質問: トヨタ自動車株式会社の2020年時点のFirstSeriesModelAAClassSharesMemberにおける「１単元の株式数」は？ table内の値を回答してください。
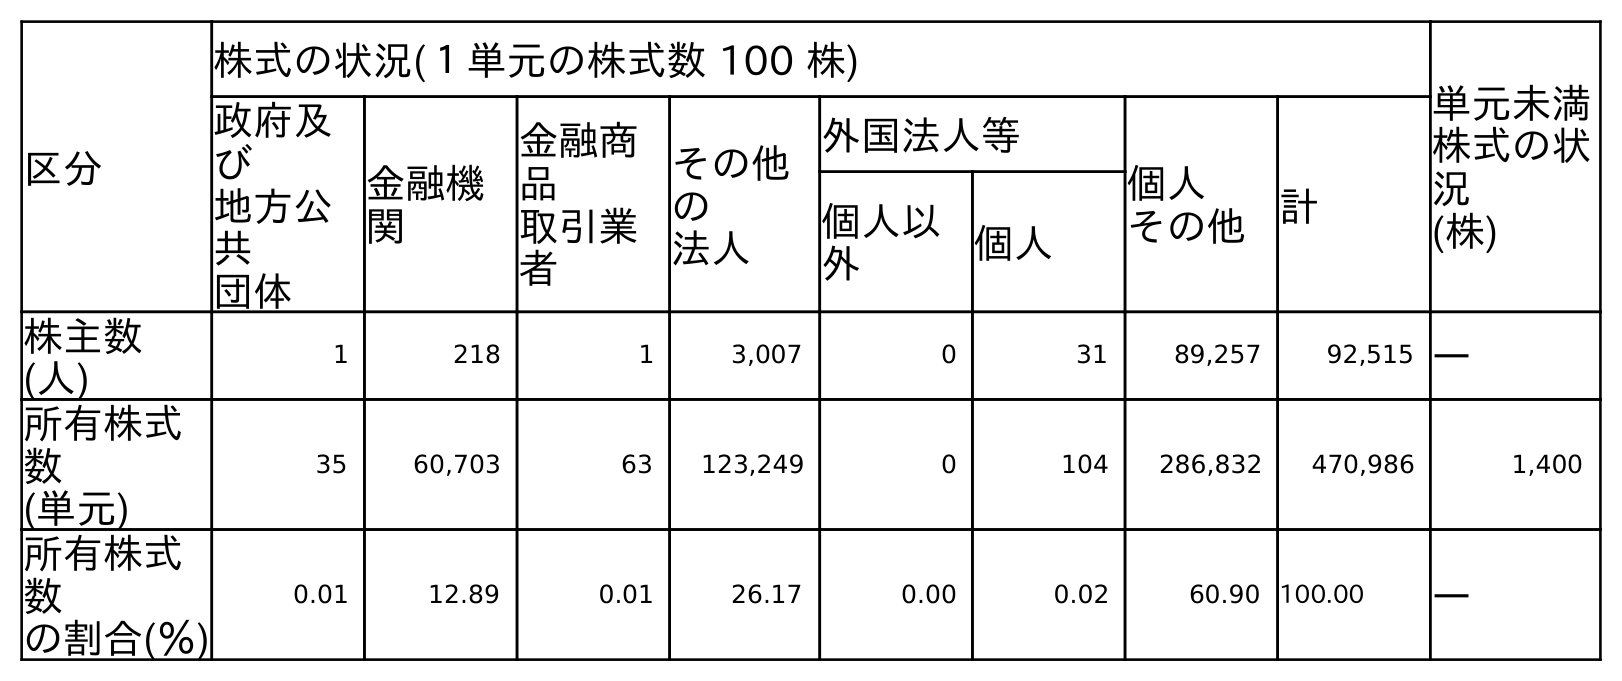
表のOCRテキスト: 区分 株式の状況(１単元の株式数 100 株) 単元未満 株式の状 況 (株) 政府及 び 地方公 共 団体 金融機 関 金融商 品 取引業 者 その他 の 法人 外国法人等 個人 その他 計 個人以 外 個人 株主数 (人) 1 218 1 3,007 0 31 89,257 92,515 ― 所有株式 数 (単元) 35 60,703 63 123,249 0 104 286,832 470,986 1,400 所有株式 数 の割合(％) 0.01 12.89 0.01 26.17 0.00 0.02 60.90 100.00 ―
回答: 株式の状況(１単元の株式数100株)